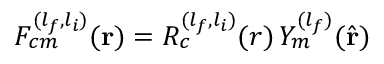
\begin{array} { r } { F _ { c m } ^ { ( l _ { f } , l _ { i } ) } ( \mathbf { r } ) = R _ { c } ^ { ( l _ { f } , l _ { i } ) } ( r ) \, Y _ { m } ^ { ( l _ { f } ) } ( \hat { \mathbf { r } } ) } \end{array}